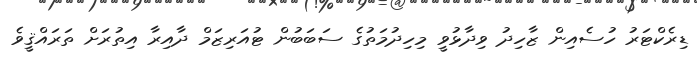
ޑިރެކްޓަރު ހުސެއިން ޒާހިދު ވިދާޅުވީ މިހިދުމަތުގެ ސަބަބުން ޓުއަރިޒަމް ދާއިރާ އިތުރަށް ތަރައްޤީވެ